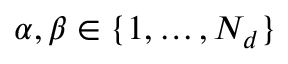
\alpha , \beta \in \{ 1 , \dots , N _ { d } \}